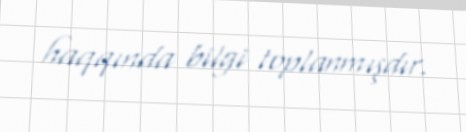
haqqında bilgi toplanmışdır.